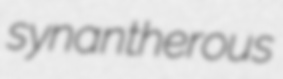
synantherous